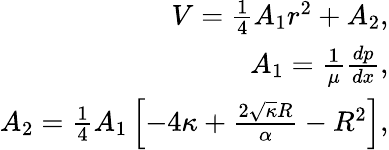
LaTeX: \begin{array}{r}{V=\frac{1}{4}A_{1}r^{2}+A_{2},}\\ {A_{1}=\frac{1}{\mu}\frac{dp}{dx},}\\ {A_{2}=\frac{1}{4}A_{1}\left[-4\kappa+\frac{2\sqrt{\kappa}R}{\alpha}-R^{2}\right],}\end{array}